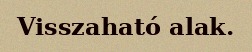
Visszaható alak.